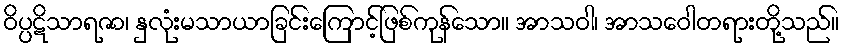
ဝိပ္ပဋိသာရဇာ၊ နှလုံးမသာယာခြင်းကြောင့်ဖြစ်ကုန်သော။ အာသဝါ၊ အာသဝေါတရားတို့သည်။